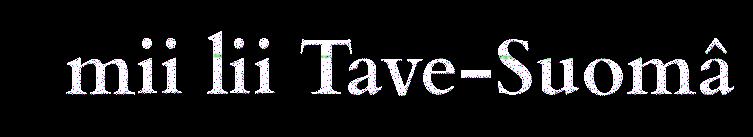
mii lii Tave-Suomâ